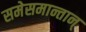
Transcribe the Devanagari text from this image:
समेसमान्तान्